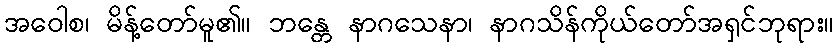
အဝေါစ၊ မိန့်တော်မူ၏။ ဘန္တေ နာဂသေနာ၊ နာဂသိန်ကိုယ်တော်အရှင်ဘုရား။